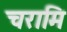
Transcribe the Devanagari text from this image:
चरामि